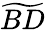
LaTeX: \widetilde{BD}